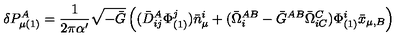
\delta P _ { \mu ( 1 ) } ^ { A } = \frac { 1 } { 2 \pi \alpha ^ { \prime } } \sqrt { - \bar { G } } \left( ( \bar { D } _ { i j } ^ { A } \Phi _ { ( 1 ) } ^ { j } ) \bar { n } _ { \mu } ^ { i } + ( \bar { \Omega } _ { i } ^ { A B } - \bar { G } ^ { A B } \bar { \Omega } _ { i C } ^ { C } ) \Phi _ { ( 1 ) } ^ { i } \bar { x } _ { \mu , B } \right)